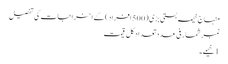
منہاج خیمہ بستی بڑی (500 افراد) کے اخراجات کی تفصیل
نمبرشمار فی عدد تعداد کل قیمت
1 خیمے ۔